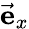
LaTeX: \vec{\mathbf{e}}_{x}